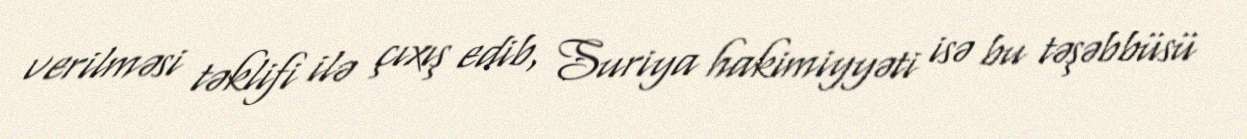
verilməsi təklifi ilə çıxış edib, Suriya hakimiyyəti isə bu təşəbbüsü